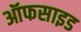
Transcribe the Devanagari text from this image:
ऑफसाइड